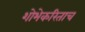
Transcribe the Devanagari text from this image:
शोभेकरिताच